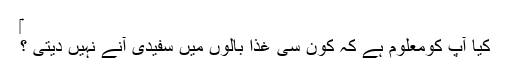
‎
کیا آپ کومعلوم ہے کہ کون سی غذا بالوں میں سفیدی آنے نہیں دیتی ؟